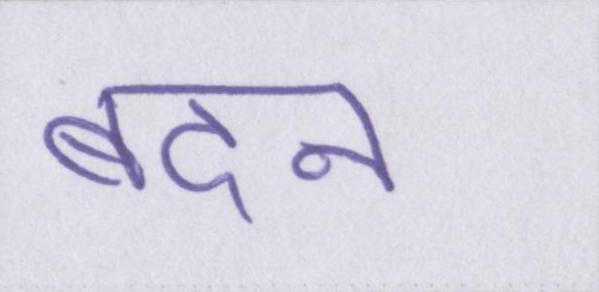
बदन